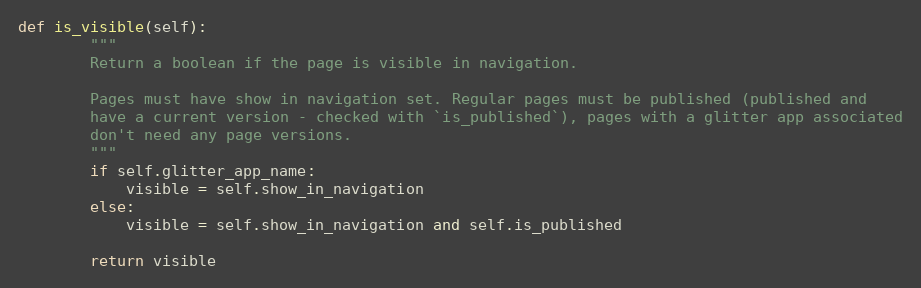
Language: Python
def is_visible(self):
        """
        Return a boolean if the page is visible in navigation.

        Pages must have show in navigation set. Regular pages must be published (published and
        have a current version - checked with `is_published`), pages with a glitter app associated
        don't need any page versions.
        """
        if self.glitter_app_name:
            visible = self.show_in_navigation
        else:
            visible = self.show_in_navigation and self.is_published

        return visible